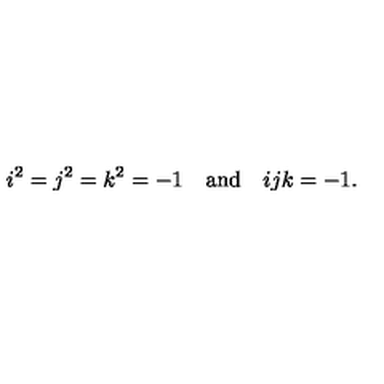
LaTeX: i ^ { 2 } = j ^ { 2 } = k ^ { 2 } = - 1 \quad \mathrm { a n d } \quad i j k = - 1 .